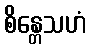
စိန္တေသဟံ